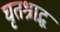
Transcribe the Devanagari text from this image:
घृतश्राद्ध